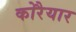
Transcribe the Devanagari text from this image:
कोरैयार